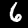
Label: 6